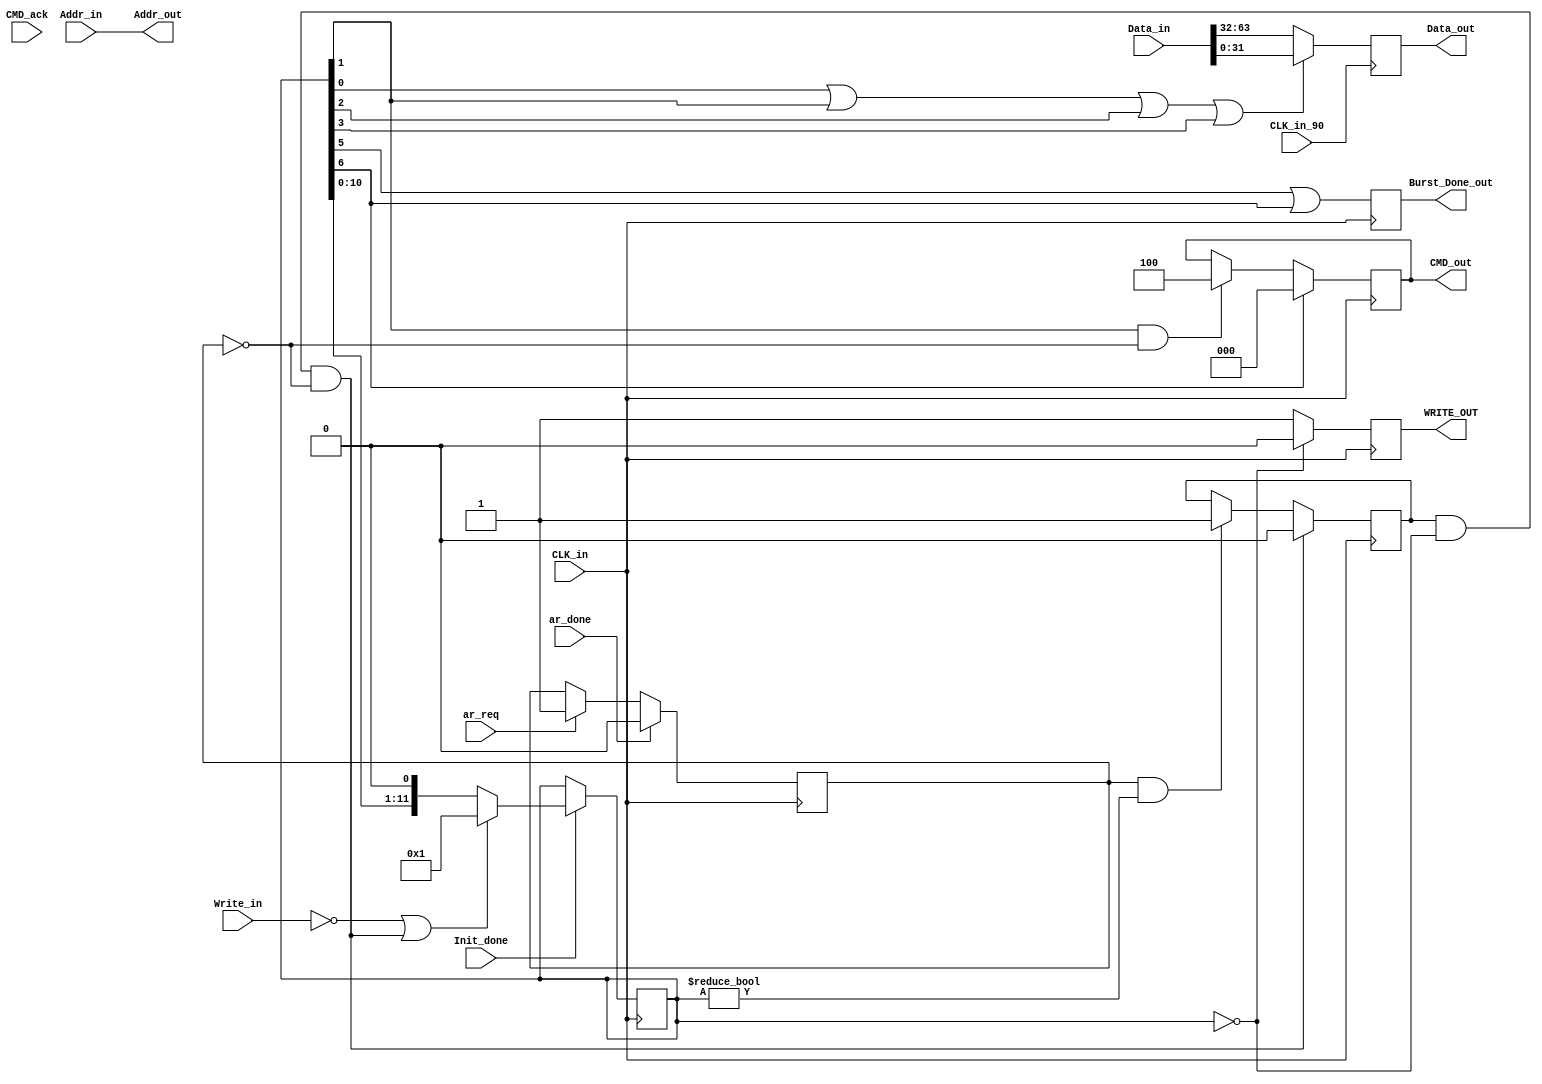
`timescale 1ns / 1ps
//////////////////////////////////////////////////////////////////////////////////
// Company: 
// Engineer: 
// 
// Design Name: 
// Module Name:    Controler 
// Project Name: 
// Target Devices: 
// Tool versions: 
// Description: 
//
// Dependencies: 
//
// Revision: 
// Revision 0.01 - File Created
// Additional Comments: 
//
//////////////////////////////////////////////////////////////////////////////////
module Write_Controler(Addr_in, Data_in,ar_req,ar_done,Write_in, CLK_in, CMD_out, Data_out, Addr_out, Burst_Done_out, CLK_in_90,Init_done,CMD_ack,WRITE_OUT);
    input [25:0] Addr_in;
    input [63:0] Data_in;
	 input ar_req;
	 input Write_in;//0 means wrting
    output [2:0] CMD_out;
    output [31:0] Data_out;
    output [25:0] Addr_out;
    output Burst_Done_out;
	 output WRITE_OUT;
	 input Init_done;
	 input CMD_ack;	 
    input CLK_in_90;
	 input CLK_in;
	 input ar_done;

	reg [2:0]CMD_out;	
	reg Burst_Done_out;
	reg WRITE_OUT;
	reg [11:0]cnt;
	reg [31:0]Data_out;
	reg AR_STOP;
	reg REWRITE;

	assign Addr_out=Addr_in;// addr latched at buff.v
	initial
	begin
			//initial
//		   Burst_Done_out=0;
			cnt=0;
			CMD_out=3'b0;
			#0 WRITE_OUT=0;
			REWRITE=0;
			AR_STOP=0;
	end


	always@(negedge CLK_in)
	begin	
		Burst_Done_out<=cnt[5]|cnt[6];
		WRITE_OUT<=(cnt==0)?0:1;
			
		
		if(ar_req==1)
			AR_STOP<=1;
		if(ar_done==1)
			AR_STOP<=0;
			
		if(AR_STOP==1&&cnt!=0)
			REWRITE<=1;
		if(REWRITE==1&&cnt==0&&AR_STOP==0)
			REWRITE<=0;
			//=========			
			
			if(cnt[1]==1'b1&&AR_STOP==0)
			begin				
				CMD_out<=3'b100;				
			end				
			if(cnt[6]==1'b1)
			begin
				CMD_out<=3'b000;
			end
			if(Init_done==1)
			begin
				if(~Write_in||(REWRITE==1&&cnt==0&&AR_STOP==0))
				begin		
					cnt<=12'b000000000001;	
				end
				else
				begin
					cnt<=cnt<<1;	
				end		
			end				
	end
	
	always@(posedge CLK_in_90)
	begin
			//=========
			//	Data_out<=(cnt[0]==1||cnt[1]==1||cnt[2]==1)?Data_in[31:0]:Data_in[63:32];
			Data_out<=(cnt[0]==1||cnt[1]==1||cnt[2]==1||cnt[3]==1)?Data_in[31:0]:Data_in[63:32];
	end




endmodule